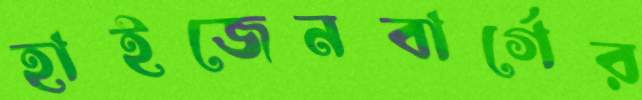
হাইজেনবার্গের